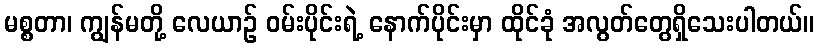
မစ္စတာ၊ ကျွန်မတို့ လေယာဉ် ဝမ်းပိုင်းရဲ့ နောက်ပိုင်းမှာ ထိုင်ခုံ အလွတ်တွေရှိသေးပါတယ်။